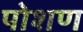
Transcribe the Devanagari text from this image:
पोशण